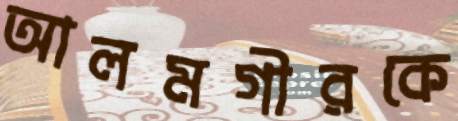
আলমগীরকে